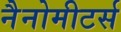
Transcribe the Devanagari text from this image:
नैनोमीटर्स